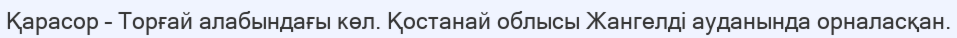
Қарасор – Торғай алабындағы көл. Қостанай облысы Жангелді ауданында орналасқан.